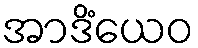
အာဒိံယေဝ